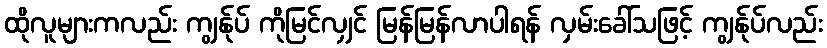
ထိုလူများကလည်း ကျွန်ုပ် ကိုမြင်လျှင် မြန်မြန်လာပါရန် လှမ်းခေါ်သဖြင့် ကျွန်ုပ်လည်း